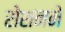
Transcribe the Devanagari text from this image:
रोशनने